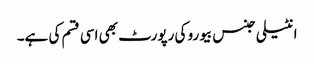
انٹیلی جنس بیورو کی رپورٹ بھی اسی قسم کی ہے۔